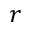
r